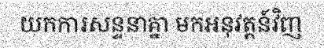
យកការសន្ទនាគ្នា មកអនុវត្តន៍វិញ